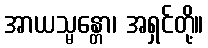
အာယသ္မန္တော၊ အရှင်တို့။